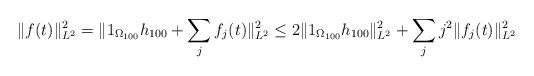
LaTeX: \begin{align*} \|f(t)\|_{L^2}^2 = \|1_{\Omega_{100}} h_{100} + \sum_j f_j(t)\|_{L^2}^2 \leq 2\|1_{\Omega_{100}}h_{100}\|_{L^2}^2 + \sum_{j} j^2\|f_j(t)\|_{L^2}^2 \end{align*}